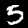
Digit: 5